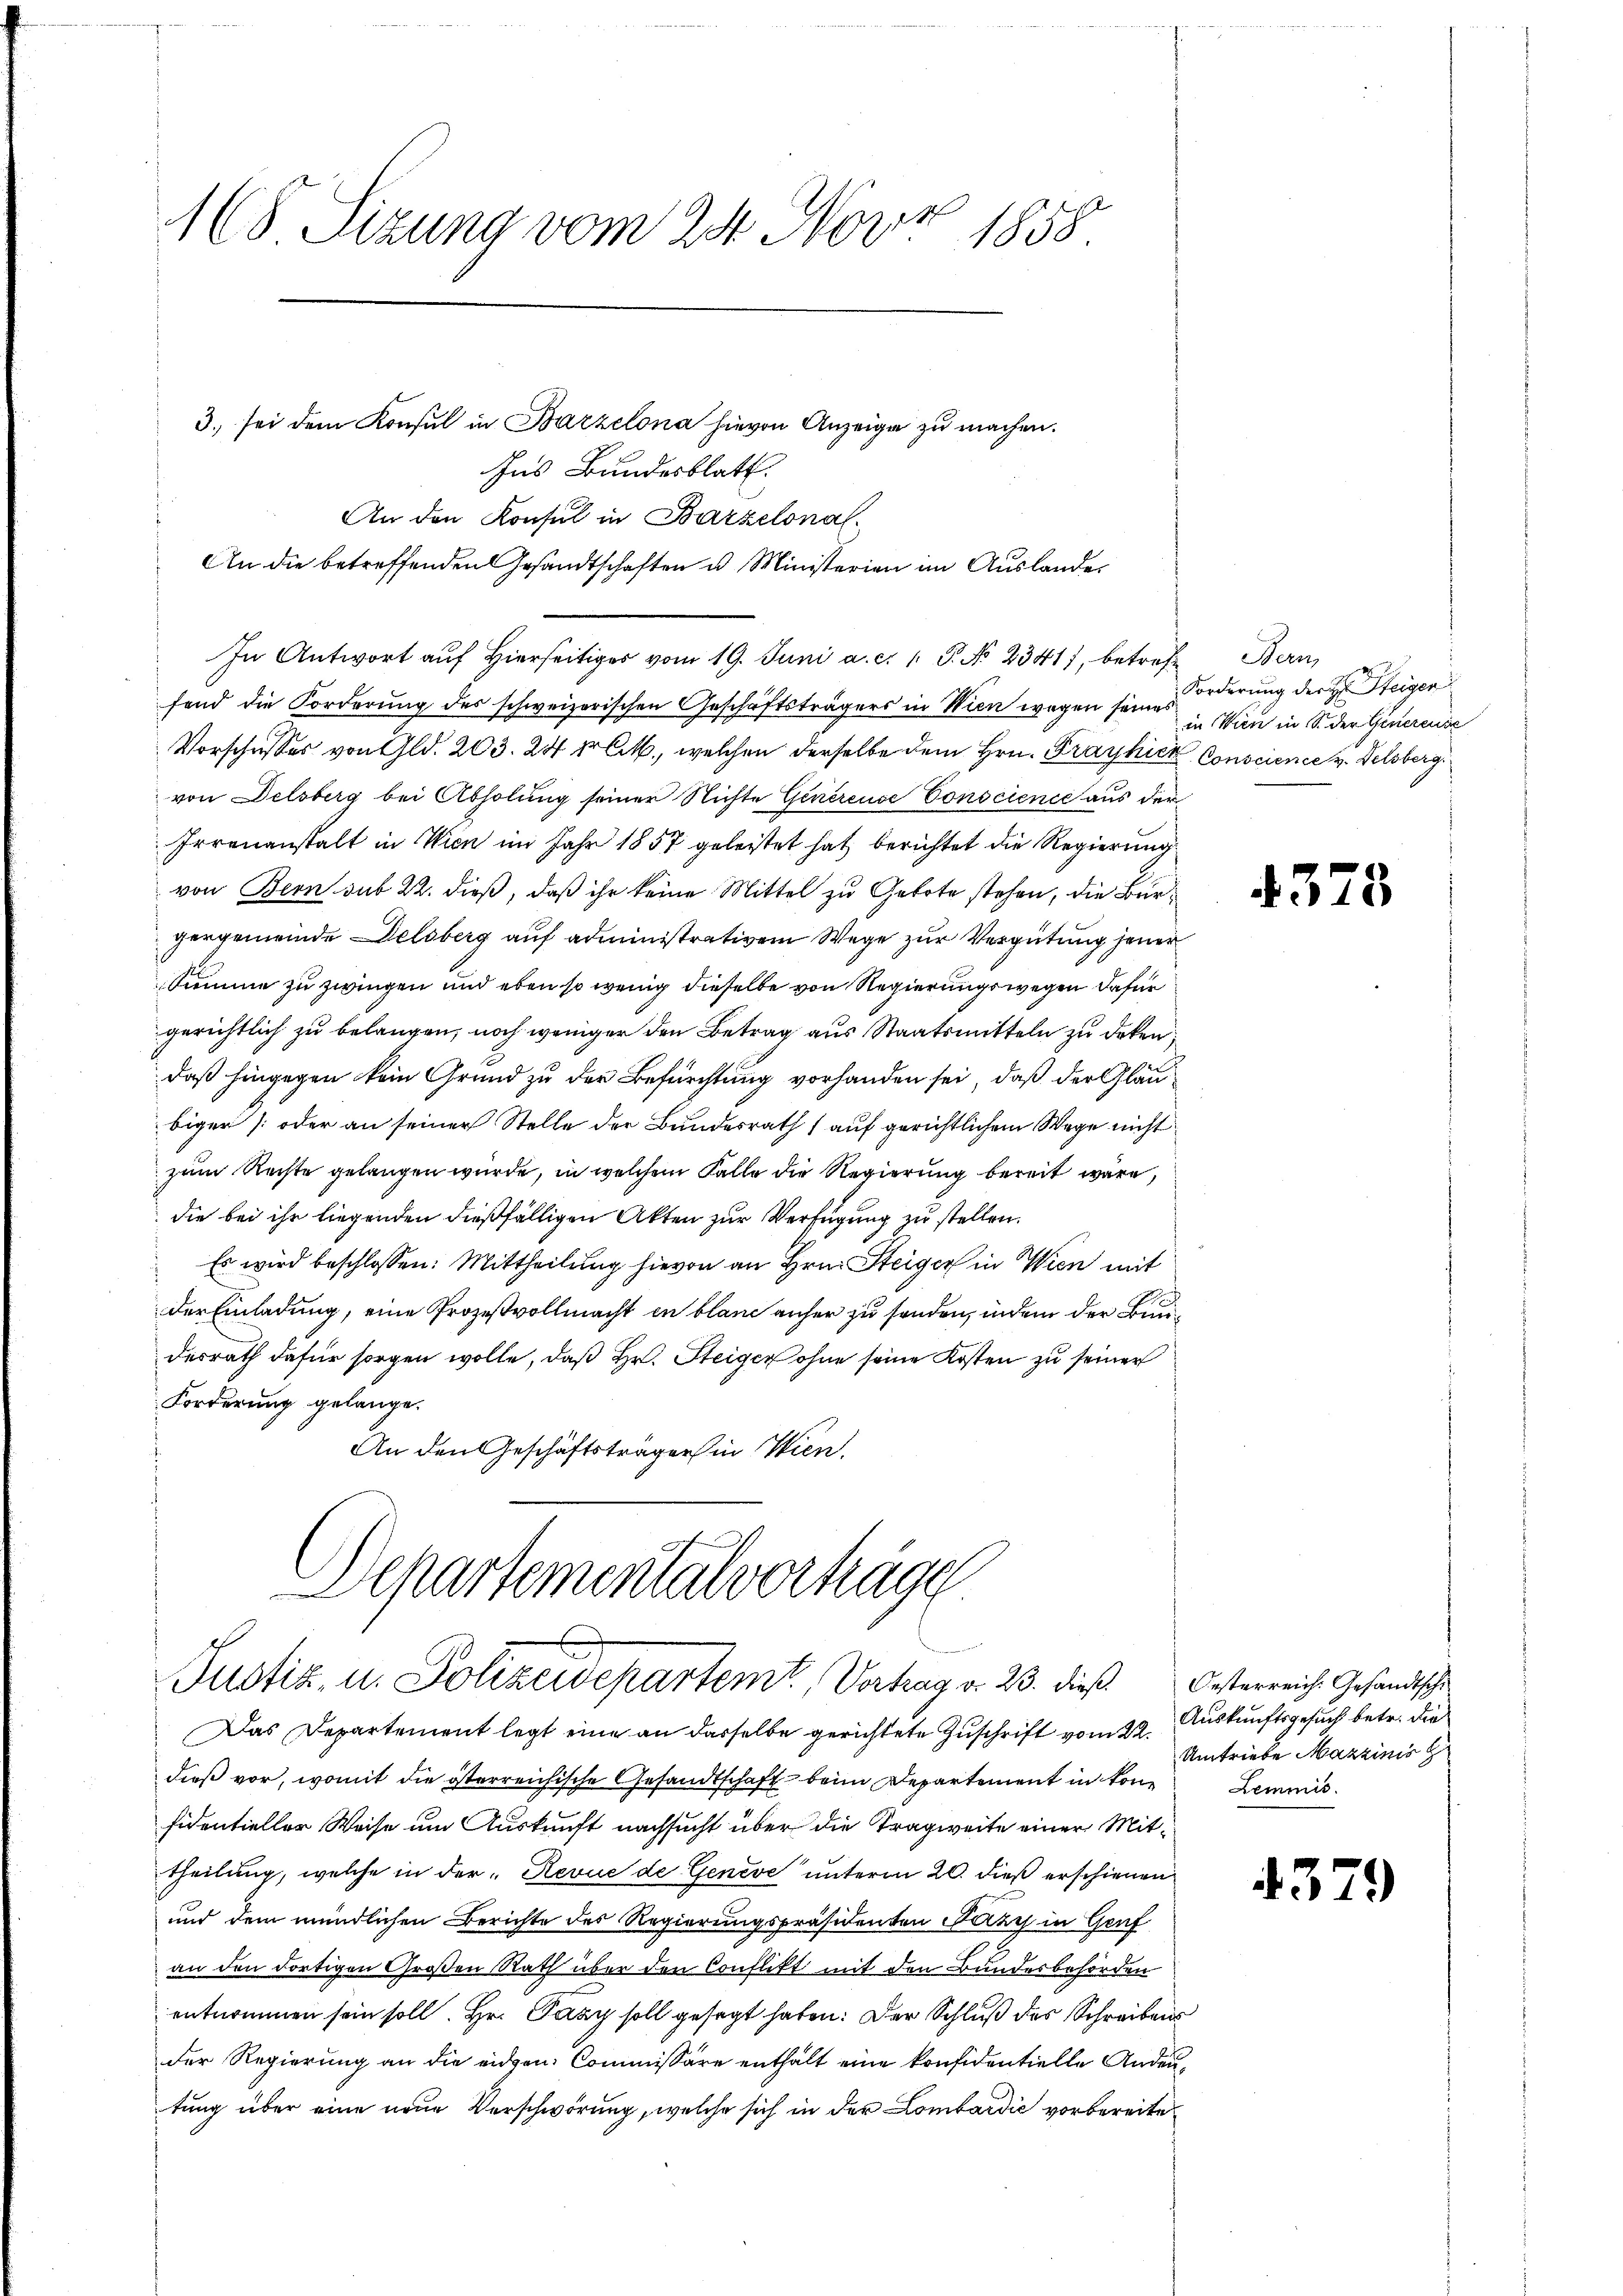
.
168 Sizung vom 24. Nov. 1858.

3. sei dem Konsul in Bazzelona hievon Anzeige zu machen.
Ins Bundesblatt.
An den Konsul in Barzelonal
An die betreffenden Gesandtschaften u. Ministerien im Auslander
In Antwort auf Hierseitiges vom 19. Juni a. c. 1. P. No 2341), betreff Bern,
fend die Forderung des schweizerischen Geschäftsträgers in Wien wegen seines
Vorschusses von Gld. 203. 24 fr CM., welchen derselbe dem Hrn. Frayhick, Conscience v. Felsberg
von Delsberg bei Abholung seiner Nichte Generense Conscience aus der
Irrenanstalt in Wien im Jahr 1857 geleistet hat berichtet die Regierung
von Bern sub 22. dieß, daß ihr keine Mittel zu Gebote stehen, die Burgergemeinde Delsberg auf administrativem Wege zur Vergütung jener
ssumme zu zwingen und eben so wenig dieselbe von Regierungswegen dafür
gerichtlich zu belangen, noch weniger den Betrag aus Staatsmitteln zu deken,
daß hingegen kein Grund zu der Befürchtung vorhanden sei, daß der Glaubiger [oder an seiner Stelle der Bundesrath auf gerichtlichem Wege nicht
zum Rechte gelangen würde, in welchem Falle die Regierung bereit wäre,
die bei ihr liegenden dießfälligen Akten zur Verfügung zu stellen.
Es wird beschlossen: Mittheilung hievon an Hrn. Steiger in Wien mit
der Einladung, eine Prozeßvollmacht in blane anher zu senden, indem der Bundesrath dafür sorgen wolle, daß Hr. Steiger ohne seine Kosten zu seiner
Forderung gelange.
An den Geschäftsträger in Wien.

Das Departement legt eine an dasselbe gerichtete Zuschrift vom 22.
dieß vor, womit die österreichische Gesandtschaft beim Departement in konfidentieller Weise um Auskunft nachsucht über die Tragweite einer Mittheilung, welche in der "Revue de Genève unterm 20. dieß erschienen
und dem mündlichen Berichte des Regierungspräsidenten Parze in Graf
an den dortigen Großen Rath über den Conflikt mit den Bundesbehörden
entnommen sein soll. Hr. Pazy soll gesagt haben. Der Schluß des Schreibens
der Regierung an die eidgen. Commissäre enthält eine konfidentielle Andeutung über eine neue Verschwörung, welche sich in der Lombardić vorbereite

Departementalverhäge
Justiz u. Polizeidepartemt. Vertrag v. 23. dieß

Forderung der H: Steigen
in Wien in S. der Genereise

4378

Oesterreich: Gesandtschi
Auskunftsgesuch betr. die
Umtriebe Mazzinis z
Lemmis

4379